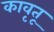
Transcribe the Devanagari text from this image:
कावृतू